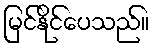
မြင်နိုင်ပေသည်။